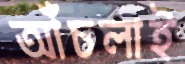
আঁচলাই